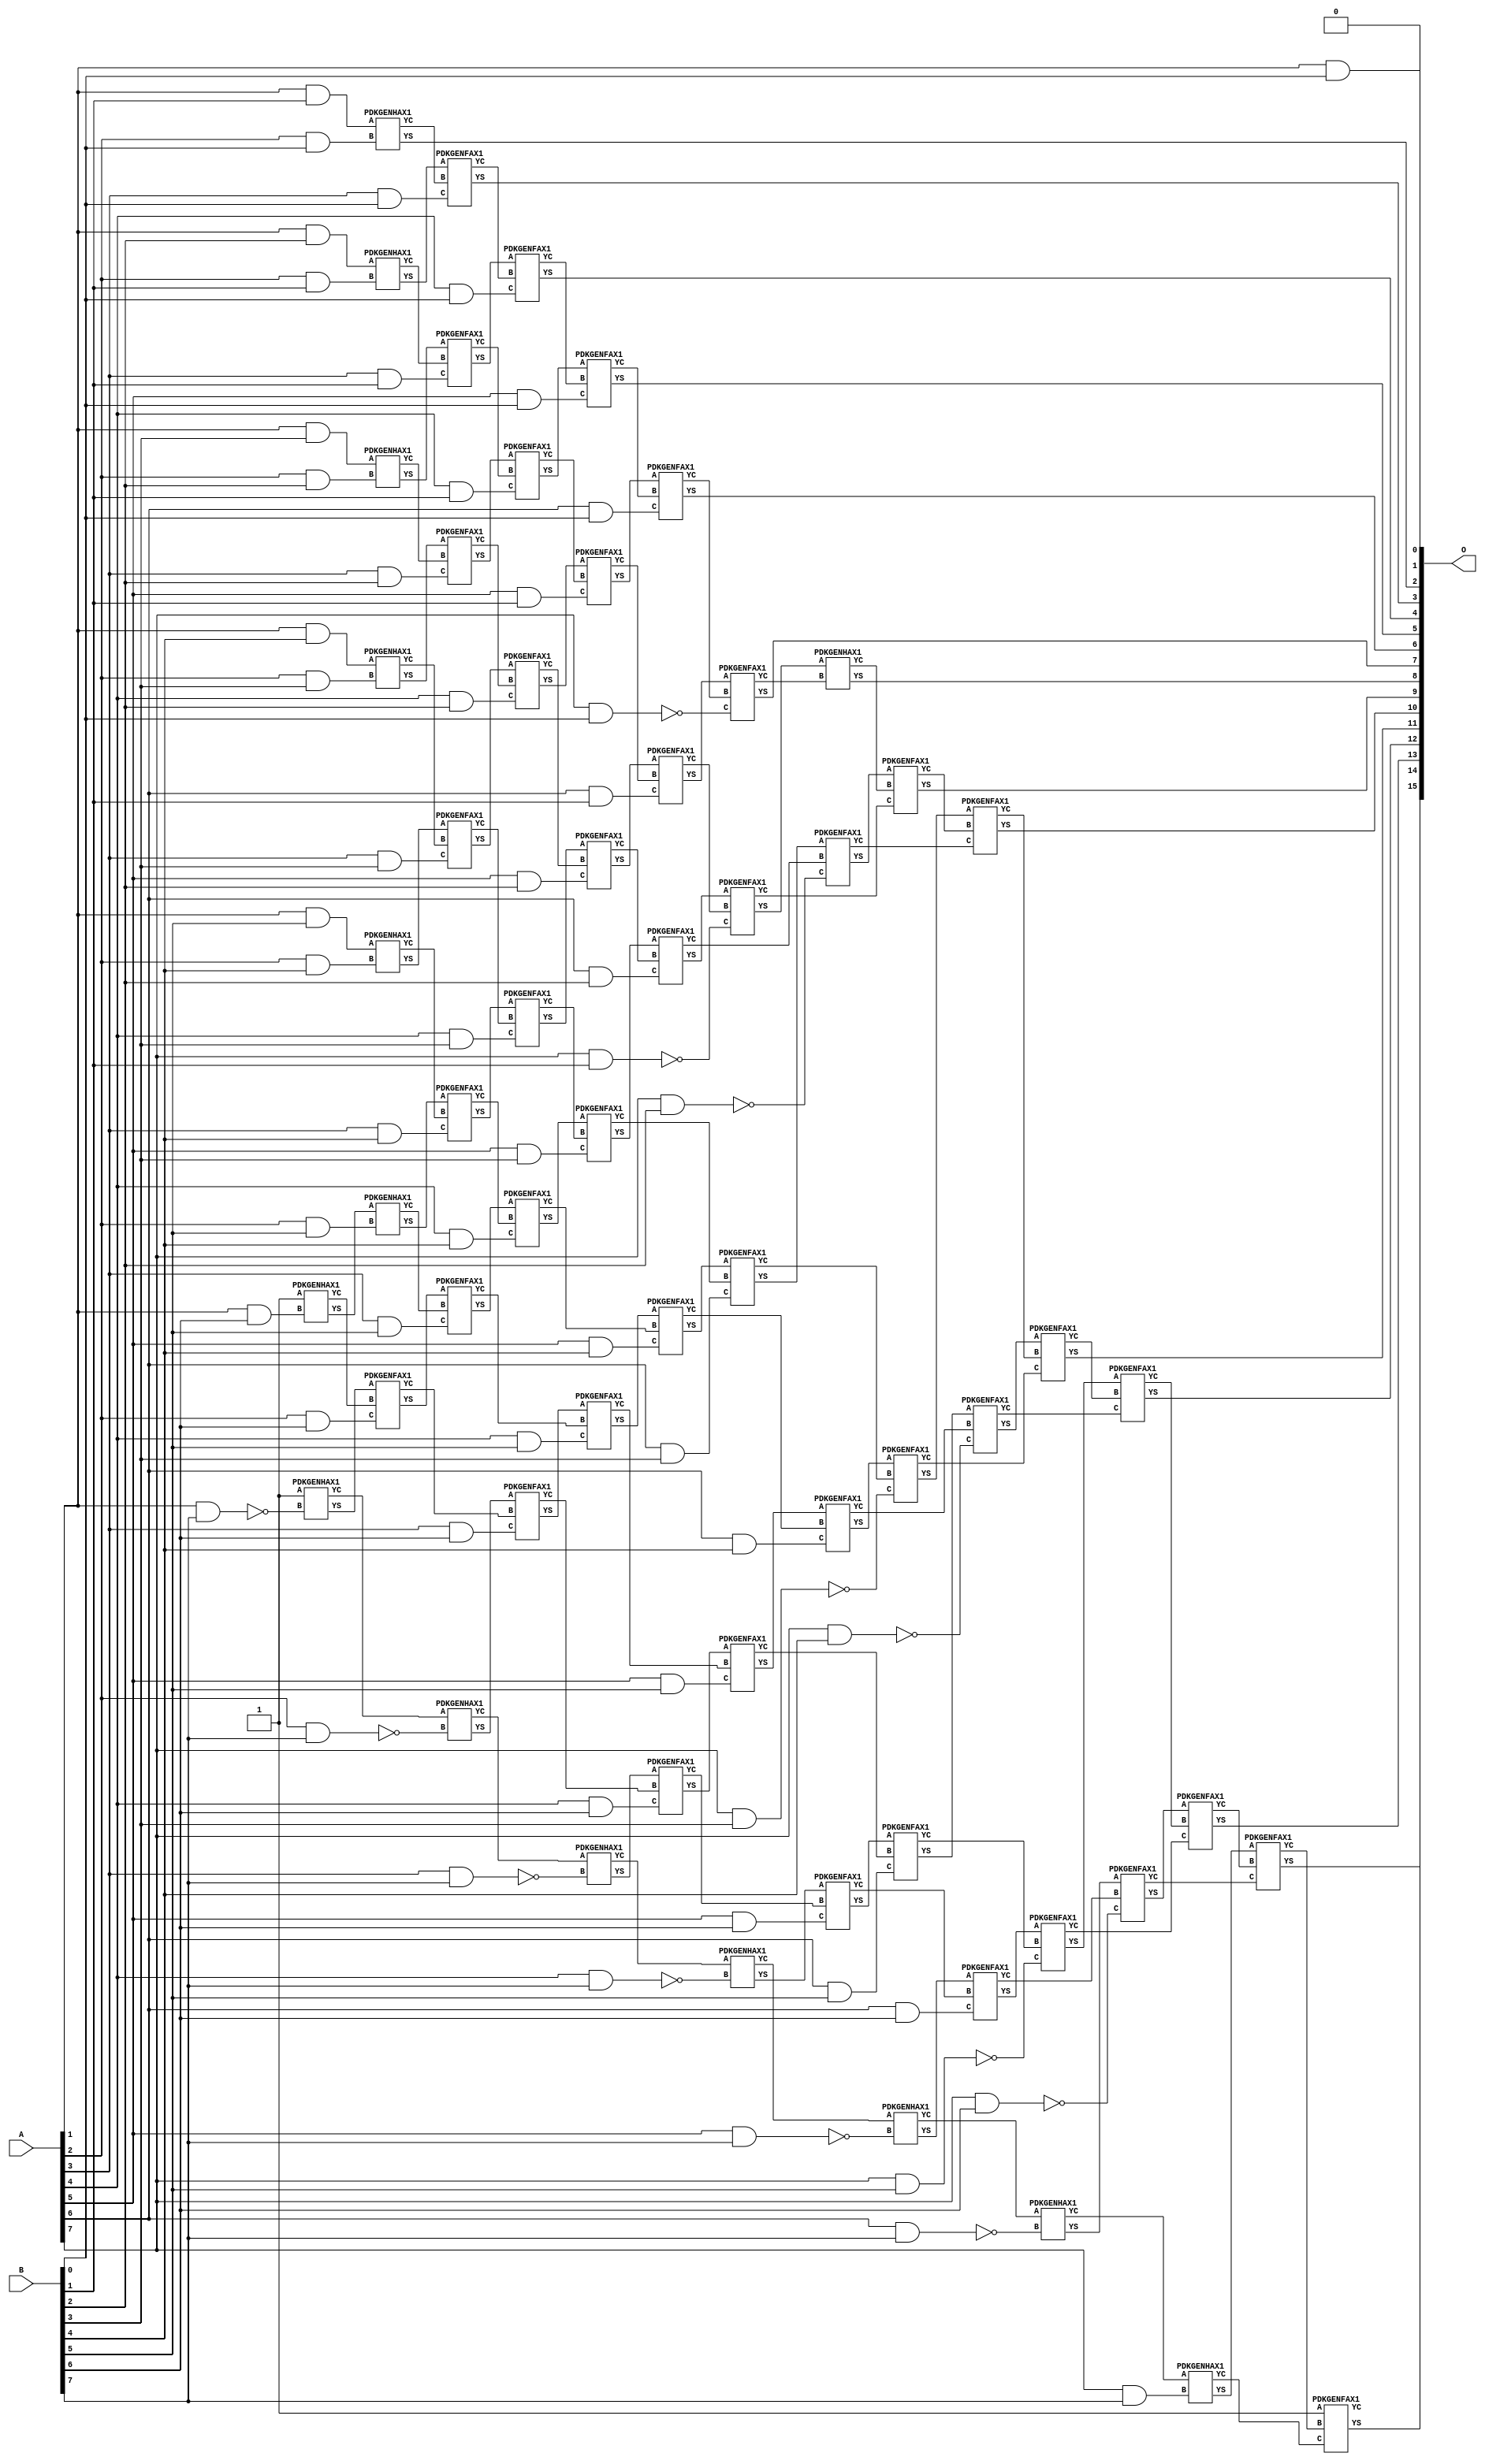
/***
* This code is a part of EvoApproxLib library (ehw.fit.vutbr.cz/approxlib) distributed under The MIT License.
* When used, please cite the following article(s): V. Mrazek, Z. Vasicek, L. Sekanina, H. Jiang and J. Han, "Scalable Construction of Approximate Multipliers With Formally Guaranteed Worst Case Error" in IEEE Transactions on Very Large Scale Integration (VLSI) Systems, vol. 26, no. 11, pp. 2572-2576, Nov. 2018. doi: 10.1109/TVLSI.2018.2856362 
* This file contains a circuit from a sub-set of pareto optimal circuits with respect to the pwr and ep parameters
***/
// MAE% = 0.049 %
// MAE = 32 
// WCE% = 0.20 %
// WCE = 128 
// WCRE% = 100.00 %
// EP% = 49.80 %
// MRE% = 2.40 %
// MSE = 2731 
// PDK45_PWR = 0.369 mW
// PDK45_AREA = 652.8 um2
// PDK45_DELAY = 1.37 ns


module mul8s_1KR8 ( A, B, O );
  input [7:0] A;
  input [7:0] B;
  output [15:0] O;

  wire C_1_6,C_1_7,C_2_0,C_2_1,C_2_2,C_2_3,C_2_4,C_2_5,C_2_6,C_2_7,C_3_0,C_3_1,C_3_2,C_3_3,C_3_4,C_3_5,C_3_6,C_3_7,C_4_0,C_4_1,C_4_2,C_4_3,C_4_4,C_4_5,C_4_6,C_4_7,C_5_0,C_5_1,C_5_2,C_5_3,C_5_4,C_5_5,C_5_6,C_5_7,C_6_0,C_6_1,C_6_2,C_6_3,C_6_4,C_6_5,C_6_6,C_6_7,C_7_0,C_7_1,C_7_2,C_7_3,C_7_4,C_7_5,C_7_6,C_7_7,C_8_0,C_8_1,C_8_2,C_8_3,C_8_4,C_8_5,C_8_6,C_8_7,S_0_7,S_1_0,S_1_1,S_1_2,S_1_3,S_1_4,S_1_5,S_1_6,S_1_7,S_2_0,S_2_1,S_2_2,S_2_3,S_2_4,S_2_5,S_2_6,S_2_7,S_3_0,S_3_1,S_3_2,S_3_3,S_3_4,S_3_5,S_3_6,S_3_7,S_4_0,S_4_1,S_4_2,S_4_3,S_4_4,S_4_5,S_4_6,S_4_7,S_5_0,S_5_1,S_5_2,S_5_3,S_5_4,S_5_5,S_5_6,S_5_7,S_6_0,S_6_1,S_6_2,S_6_3,S_6_4,S_6_5,S_6_6,S_6_7,S_7_0,S_7_1,S_7_2,S_7_3,S_7_4,S_7_5,S_7_6,S_7_7,S_8_0,S_8_1,S_8_2,S_8_3,S_8_4,S_8_5,S_8_6,S_8_7;

  assign S_0_7 = 1'b1;
  assign S_1_0 = (A[1] & B[0]);
  assign S_1_1 = (A[1] & B[1]);
  assign S_1_2 = (A[1] & B[2]);
  assign S_1_3 = (A[1] & B[3]);
  assign S_1_4 = (A[1] & B[4]);
  assign S_1_5 = (A[1] & B[5]);
  PDKGENHAX1 U2175 (.A(S_0_7), .B((A[1] & B[6])), .YS(S_1_6), .YC(C_1_6));
  PDKGENHAX1 U2176 (.A(1'b1), .B(~(A[1] & B[7])), .YS(S_1_7), .YC(C_1_7));
  PDKGENHAX1 U2177 (.A(S_1_1), .B((A[2] & B[0])), .YS(S_2_0), .YC(C_2_0));
  PDKGENHAX1 U2178 (.A(S_1_2), .B((A[2] & B[1])), .YS(S_2_1), .YC(C_2_1));
  PDKGENHAX1 U2179 (.A(S_1_3), .B((A[2] & B[2])), .YS(S_2_2), .YC(C_2_2));
  PDKGENHAX1 U2180 (.A(S_1_4), .B((A[2] & B[3])), .YS(S_2_3), .YC(C_2_3));
  PDKGENHAX1 U2181 (.A(S_1_5), .B((A[2] & B[4])), .YS(S_2_4), .YC(C_2_4));
  PDKGENHAX1 U2182 (.A(S_1_6), .B((A[2] & B[5])), .YS(S_2_5), .YC(C_2_5));
  PDKGENFAX1 U2183 (.A(S_1_7), .B(C_1_6), .C((A[2] & B[6])), .YS(S_2_6), .YC(C_2_6));
  PDKGENHAX1 U2184 (.A(C_1_7), .B(~(A[2] & B[7])), .YS(S_2_7), .YC(C_2_7));
  PDKGENFAX1 U2185 (.A(S_2_1), .B(C_2_0), .C((A[3] & B[0])), .YS(S_3_0), .YC(C_3_0));
  PDKGENFAX1 U2186 (.A(S_2_2), .B(C_2_1), .C((A[3] & B[1])), .YS(S_3_1), .YC(C_3_1));
  PDKGENFAX1 U2187 (.A(S_2_3), .B(C_2_2), .C((A[3] & B[2])), .YS(S_3_2), .YC(C_3_2));
  PDKGENFAX1 U2188 (.A(S_2_4), .B(C_2_3), .C((A[3] & B[3])), .YS(S_3_3), .YC(C_3_3));
  PDKGENFAX1 U2189 (.A(S_2_5), .B(C_2_4), .C((A[3] & B[4])), .YS(S_3_4), .YC(C_3_4));
  PDKGENFAX1 U2190 (.A(S_2_6), .B(C_2_5), .C((A[3] & B[5])), .YS(S_3_5), .YC(C_3_5));
  PDKGENFAX1 U2191 (.A(S_2_7), .B(C_2_6), .C((A[3] & B[6])), .YS(S_3_6), .YC(C_3_6));
  PDKGENHAX1 U2192 (.A(C_2_7), .B(~(A[3] & B[7])), .YS(S_3_7), .YC(C_3_7));
  PDKGENFAX1 U2193 (.A(S_3_1), .B(C_3_0), .C((A[4] & B[0])), .YS(S_4_0), .YC(C_4_0));
  PDKGENFAX1 U2194 (.A(S_3_2), .B(C_3_1), .C((A[4] & B[1])), .YS(S_4_1), .YC(C_4_1));
  PDKGENFAX1 U2195 (.A(S_3_3), .B(C_3_2), .C((A[4] & B[2])), .YS(S_4_2), .YC(C_4_2));
  PDKGENFAX1 U2196 (.A(S_3_4), .B(C_3_3), .C((A[4] & B[3])), .YS(S_4_3), .YC(C_4_3));
  PDKGENFAX1 U2197 (.A(S_3_5), .B(C_3_4), .C((A[4] & B[4])), .YS(S_4_4), .YC(C_4_4));
  PDKGENFAX1 U2198 (.A(S_3_6), .B(C_3_5), .C((A[4] & B[5])), .YS(S_4_5), .YC(C_4_5));
  PDKGENFAX1 U2199 (.A(S_3_7), .B(C_3_6), .C((A[4] & B[6])), .YS(S_4_6), .YC(C_4_6));
  PDKGENHAX1 U2200 (.A(C_3_7), .B(~(A[4] & B[7])), .YS(S_4_7), .YC(C_4_7));
  PDKGENFAX1 U2201 (.A(S_4_1), .B(C_4_0), .C((A[5] & B[0])), .YS(S_5_0), .YC(C_5_0));
  PDKGENFAX1 U2202 (.A(S_4_2), .B(C_4_1), .C((A[5] & B[1])), .YS(S_5_1), .YC(C_5_1));
  PDKGENFAX1 U2203 (.A(S_4_3), .B(C_4_2), .C((A[5] & B[2])), .YS(S_5_2), .YC(C_5_2));
  PDKGENFAX1 U2204 (.A(S_4_4), .B(C_4_3), .C((A[5] & B[3])), .YS(S_5_3), .YC(C_5_3));
  PDKGENFAX1 U2205 (.A(S_4_5), .B(C_4_4), .C((A[5] & B[4])), .YS(S_5_4), .YC(C_5_4));
  PDKGENFAX1 U2206 (.A(S_4_6), .B(C_4_5), .C((A[5] & B[5])), .YS(S_5_5), .YC(C_5_5));
  PDKGENFAX1 U2207 (.A(S_4_7), .B(C_4_6), .C((A[5] & B[6])), .YS(S_5_6), .YC(C_5_6));
  PDKGENHAX1 U2208 (.A(C_4_7), .B(~(A[5] & B[7])), .YS(S_5_7), .YC(C_5_7));
  PDKGENFAX1 U2209 (.A(S_5_1), .B(C_5_0), .C((A[6] & B[0])), .YS(S_6_0), .YC(C_6_0));
  PDKGENFAX1 U2210 (.A(S_5_2), .B(C_5_1), .C((A[6] & B[1])), .YS(S_6_1), .YC(C_6_1));
  PDKGENFAX1 U2211 (.A(S_5_3), .B(C_5_2), .C((A[6] & B[2])), .YS(S_6_2), .YC(C_6_2));
  PDKGENFAX1 U2212 (.A(S_5_4), .B(C_5_3), .C((A[6] & B[3])), .YS(S_6_3), .YC(C_6_3));
  PDKGENFAX1 U2213 (.A(S_5_5), .B(C_5_4), .C((A[6] & B[4])), .YS(S_6_4), .YC(C_6_4));
  PDKGENFAX1 U2214 (.A(S_5_6), .B(C_5_5), .C((A[6] & B[5])), .YS(S_6_5), .YC(C_6_5));
  PDKGENFAX1 U2215 (.A(S_5_7), .B(C_5_6), .C((A[6] & B[6])), .YS(S_6_6), .YC(C_6_6));
  PDKGENHAX1 U2216 (.A(C_5_7), .B(~(A[6] & B[7])), .YS(S_6_7), .YC(C_6_7));
  PDKGENFAX1 U2217 (.A(S_6_1), .B(C_6_0), .C(~(A[7] & B[0])), .YS(S_7_0), .YC(C_7_0));
  PDKGENFAX1 U2218 (.A(S_6_2), .B(C_6_1), .C(~(A[7] & B[1])), .YS(S_7_1), .YC(C_7_1));
  PDKGENFAX1 U2219 (.A(S_6_3), .B(C_6_2), .C(~(A[7] & B[2])), .YS(S_7_2), .YC(C_7_2));
  PDKGENFAX1 U2220 (.A(S_6_4), .B(C_6_3), .C(~(A[7] & B[3])), .YS(S_7_3), .YC(C_7_3));
  PDKGENFAX1 U2221 (.A(S_6_5), .B(C_6_4), .C(~(A[7] & B[4])), .YS(S_7_4), .YC(C_7_4));
  PDKGENFAX1 U2222 (.A(S_6_6), .B(C_6_5), .C(~(A[7] & B[5])), .YS(S_7_5), .YC(C_7_5));
  PDKGENFAX1 U2223 (.A(S_6_7), .B(C_6_6), .C(~(A[7] & B[6])), .YS(S_7_6), .YC(C_7_6));
  PDKGENHAX1 U2224 (.A(C_6_7), .B((A[7] & B[7])), .YS(S_7_7), .YC(C_7_7));
  PDKGENHAX1 U2225 (.A(S_7_1), .B(C_7_0), .YS(S_8_0), .YC(C_8_0));
  PDKGENFAX1 U2226 (.A(S_7_2), .B(C_8_0), .C(C_7_1), .YS(S_8_1), .YC(C_8_1));
  PDKGENFAX1 U2227 (.A(S_7_3), .B(C_8_1), .C(C_7_2), .YS(S_8_2), .YC(C_8_2));
  PDKGENFAX1 U2228 (.A(S_7_4), .B(C_8_2), .C(C_7_3), .YS(S_8_3), .YC(C_8_3));
  PDKGENFAX1 U2229 (.A(S_7_5), .B(C_8_3), .C(C_7_4), .YS(S_8_4), .YC(C_8_4));
  PDKGENFAX1 U2230 (.A(S_7_6), .B(C_8_4), .C(C_7_5), .YS(S_8_5), .YC(C_8_5));
  PDKGENFAX1 U2231 (.A(S_7_7), .B(C_8_5), .C(C_7_6), .YS(S_8_6), .YC(C_8_6));
  PDKGENFAX1 U2232 (.A(1'b1), .B(C_8_6), .C(C_7_7), .YS(S_8_7), .YC(C_8_7));
  assign O = {S_8_7,S_8_6,S_8_5,S_8_4,S_8_3,S_8_2,S_8_1,S_8_0,S_7_0,S_6_0,S_5_0,S_4_0,S_3_0,S_2_0,S_1_0,1'b0};

endmodule

/* mod */
module PDKGENHAX1( input A, input B, output YS, output YC );
    assign YS = A ^ B;
    assign YC = A & B;
endmodule
/* mod */
module PDKGENFAX1( input A, input B, input C, output YS, output YC );
    assign YS = (A ^ B) ^ C;
    assign YC = (A & B) | (B & C) | (A & C);
endmodule